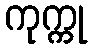
ကုက္ကု